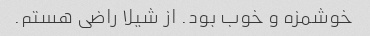
خوشمزه و خوب بود. از شیلا راضی هستم.